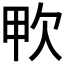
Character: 𣢗